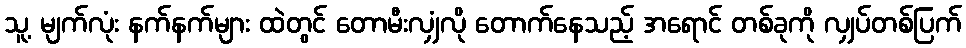
သူ့ မျက်လုံး နက်နက်များ ထဲတွင် တောမီးလျှံလို တောက်နေသည့် အရောင် တစ်ခုကို လျှပ်တစ်ပြက်